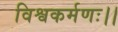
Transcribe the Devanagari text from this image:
विश्वकर्मणः।।